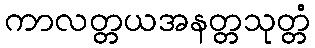
ကာလတ္တယအနတ္တသုတ္တံ